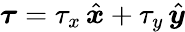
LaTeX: \boldsymbol{\tau}=\tau_{x}\, \hat{\boldsymbol{x}}+\tau_{y}\, \hat{\boldsymbol{y}}